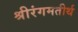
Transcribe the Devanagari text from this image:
श्रीरंगमतीर्थ